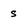
Character: s